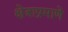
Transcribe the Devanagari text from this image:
क्षेत्राप्रमाणे